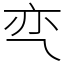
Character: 亪